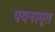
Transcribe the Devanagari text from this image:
पवनामृत